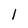
Character: 1